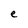
Character: e